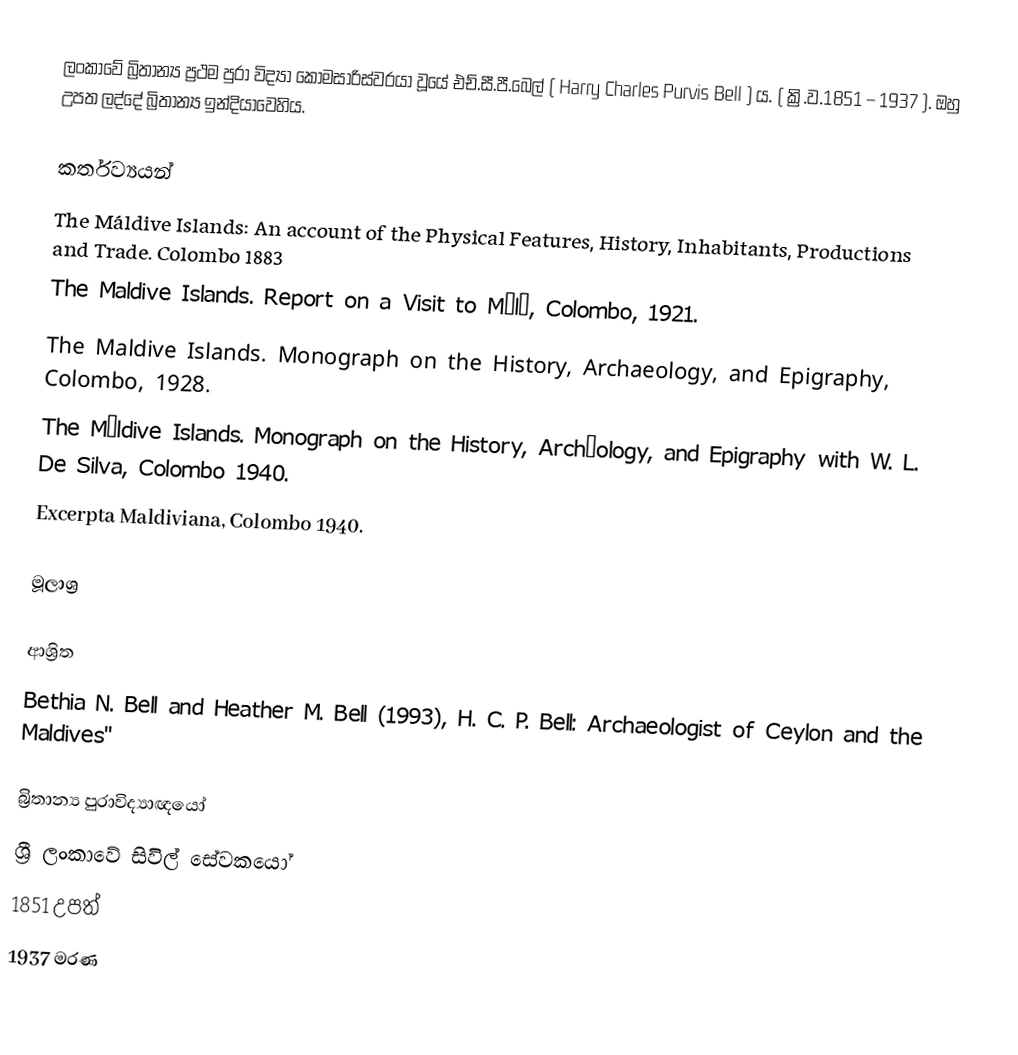
ලංකාවේ බ්‍රිතාන්‍ය ප්‍රථම පුරා විද්‍යා කොමසාරිස්වරයා වූයේ එච්.සී.පී.බෙල් ( Harry Charles Purvis Bell ) ය. ( ක්‍රි.ව.1851 – 1937 ). ඔහු උපත ලද්දේ බ්‍රිතාන්‍ය ඉන්දියාවෙහිය.

කර්තව්‍යයන්
 The Máldive Islands: An account of the Physical Features, History, Inhabitants, Productions and Trade. Colombo 1883
 The Maldive Islands. Report on a Visit to Málé, Colombo, 1921.
 The Maldive Islands. Monograph on the History, Archaeology, and Epigraphy, Colombo, 1928.
 The Máldive Islands. Monograph on the History, Archæology, and Epigraphy with W. L. De Silva, Colombo 1940.
 Excerpta Maldiviana, Colombo 1940.

මූලාශ්‍ර

 ආශ්‍රිත
Bethia N. Bell and Heather M. Bell (1993), H. C. P. Bell: Archaeologist of Ceylon and the Maldives''

බ්‍රිතාන්‍ය පුරාවිද්‍යාඥයෝ
ශ්‍රී ලංකාවේ සිවිල් සේවකයෝ
1851 උපත්
1937 මරණ